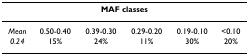
<table><thead><tr><td colspan="6"><b>MAF classes</b></td></tr></thead><tbody><tr><td><i>Mean</i></td><td>0.50-0.40</td><td>0.39-0.30</td><td>0.29-0.20</td><td>0.19-0.10</td><td>&lt;0.10</td></tr><tr><td><i>0.24</i></td><td>15%</td><td>24%</td><td>11%</td><td>30%</td><td>20%</td></tr></tbody></table>